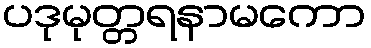
ပဒုမုတ္တရနာမကော